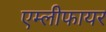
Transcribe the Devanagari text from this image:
एम्लीफायर